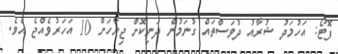
ފޮޓޯ: އަހުމަދު ޝުރާއު ދުވަސްތައް ގުނަމުން ދަނިކޮށް ޖިނާހަށް 10 އަހަރުވެއްޖެ އެވެ.